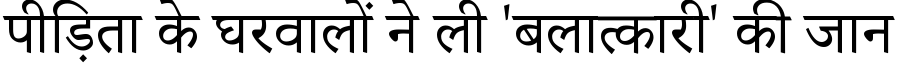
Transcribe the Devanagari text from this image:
पीड़िता के घरवालों ने ली 'बलात्कारी' की जान